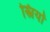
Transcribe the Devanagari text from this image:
स्त्रियों